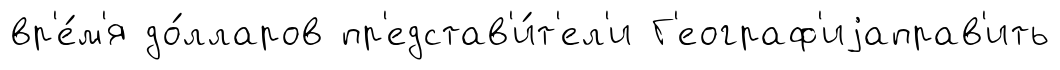
вр'е́м'я до́лларов пр'едстав'и́т'ел'и Г'еограф'иjаправ'ить